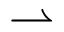
\rightharpoonup